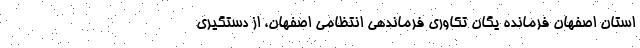
استان اصفهان فرمانده یگان تکاوری فرماندهی انتظامی اصفهان، از دستگیری